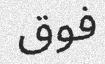
فوق